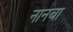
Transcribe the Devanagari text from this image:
नानबा